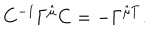
C ^ { - 1 } \Gamma ^ { \hat { \mu } } C = - \Gamma ^ { \hat { \mu } T } .